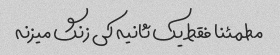
مطمئنا فقط یک ثانیه کی زنگ میزنه